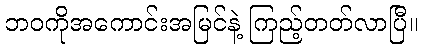
ဘဝကိုအကောင်းအမြင်နဲ့ ကြည့်တတ်လာပြီ။